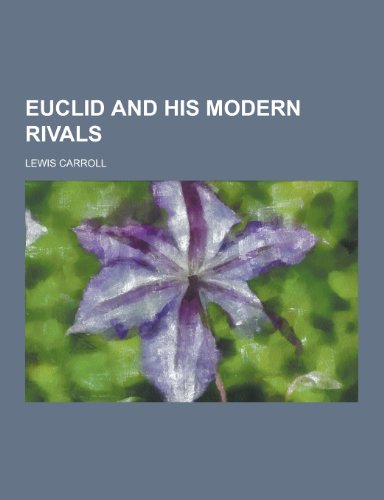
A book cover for Euclid and His Modern Rivals; Lewis Carroll; Science & Math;